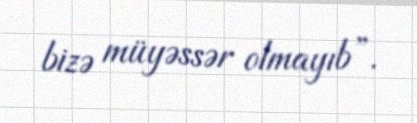
bizə müyəssər olmayıb”.